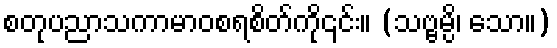
စတုပညာသကာမာဝစရစိတ်ကို၎င်း။ (သဗ္ဗမ္ပိ၊ သော။)